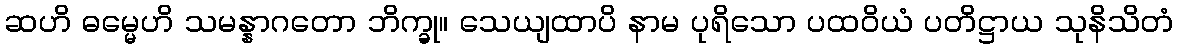
ဆဟိ ဓမ္မေဟိ သမန္နာဂတော ဘိက္ခု။ သေယျထာပိ နာမ ပုရိသော ပထဝိယံ ပတိဋ္ဌာယ သုနိသိတံ